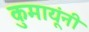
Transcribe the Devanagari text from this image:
कुमायूंनी